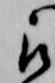
被